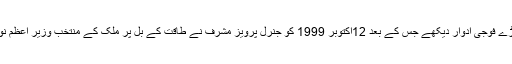
ایوب خان کے گیارہ سالہ فوجی حکمرانی کے بعد ملک نے دو کڑے فوجی ادوار دیکھے جس کے بعد 12اکتوبر 1999 کو جنرل پرویز مشرف نے طاقت کے بل پر ملک کے منتخب وزیر اعظم نواز شریف کی حکومت کو برطرف کر کے اقتدار پر قبضہ کر لیا۔